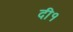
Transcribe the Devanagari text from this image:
दी१